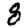
Digit: 8